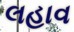
લહાવ